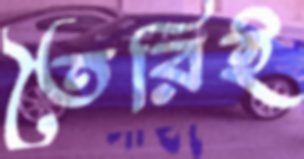
তৈরিই